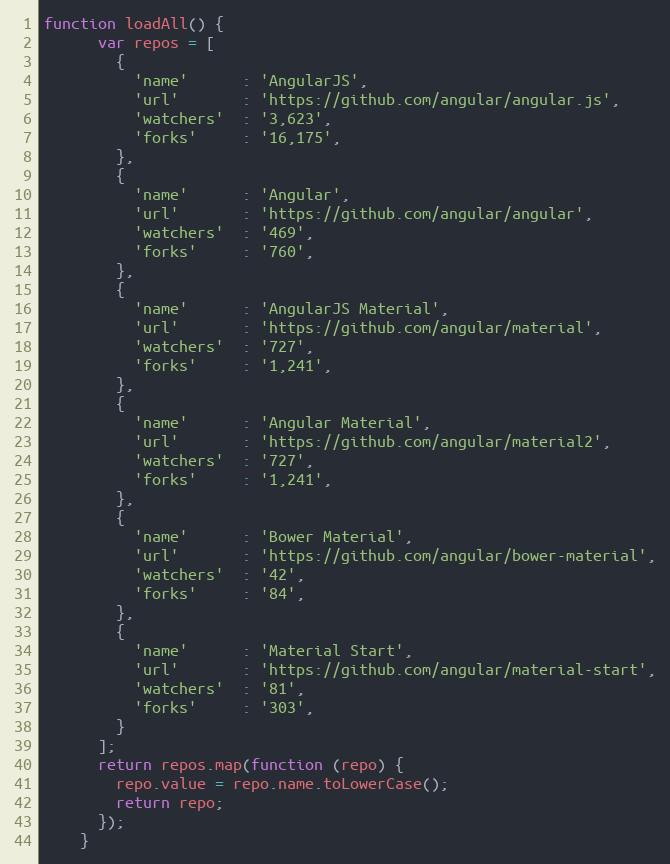
Language: JavaScript
function loadAll() {
      var repos = [
        {
          'name'      : 'AngularJS',
          'url'       : 'https://github.com/angular/angular.js',
          'watchers'  : '3,623',
          'forks'     : '16,175',
        },
        {
          'name'      : 'Angular',
          'url'       : 'https://github.com/angular/angular',
          'watchers'  : '469',
          'forks'     : '760',
        },
        {
          'name'      : 'AngularJS Material',
          'url'       : 'https://github.com/angular/material',
          'watchers'  : '727',
          'forks'     : '1,241',
        },
        {
          'name'      : 'Angular Material',
          'url'       : 'https://github.com/angular/material2',
          'watchers'  : '727',
          'forks'     : '1,241',
        },
        {
          'name'      : 'Bower Material',
          'url'       : 'https://github.com/angular/bower-material',
          'watchers'  : '42',
          'forks'     : '84',
        },
        {
          'name'      : 'Material Start',
          'url'       : 'https://github.com/angular/material-start',
          'watchers'  : '81',
          'forks'     : '303',
        }
      ];
      return repos.map(function (repo) {
        repo.value = repo.name.toLowerCase();
        return repo;
      });
    }